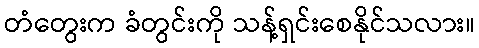
တံတွေးက ခံတွင်းကို သန့်ရှင်းစေနိုင်သလား။